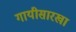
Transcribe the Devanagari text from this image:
गायीसारखा